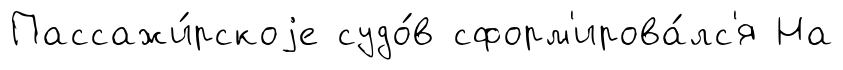
Пассажи́рскоjе судо́в сформ'ирова́лс'я На